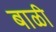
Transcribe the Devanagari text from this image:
बाळी